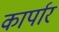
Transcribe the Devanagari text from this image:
कार्पार